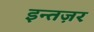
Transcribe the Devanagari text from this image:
इन्तज़र